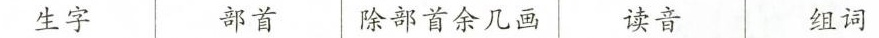
生字 部首 除部首余几画 读音 组词